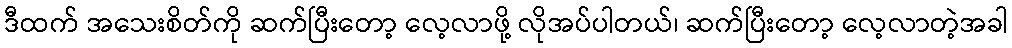
ဒီထက် အသေးစိတ်ကို ဆက်ပြီးတော့ လေ့လာဖို့ လိုအပ်ပါတယ်၊ ဆက်ပြီးတော့ လေ့လာတဲ့အခါ